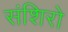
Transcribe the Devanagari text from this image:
संशिरो